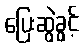
ပြေးဆွဲခွင့်